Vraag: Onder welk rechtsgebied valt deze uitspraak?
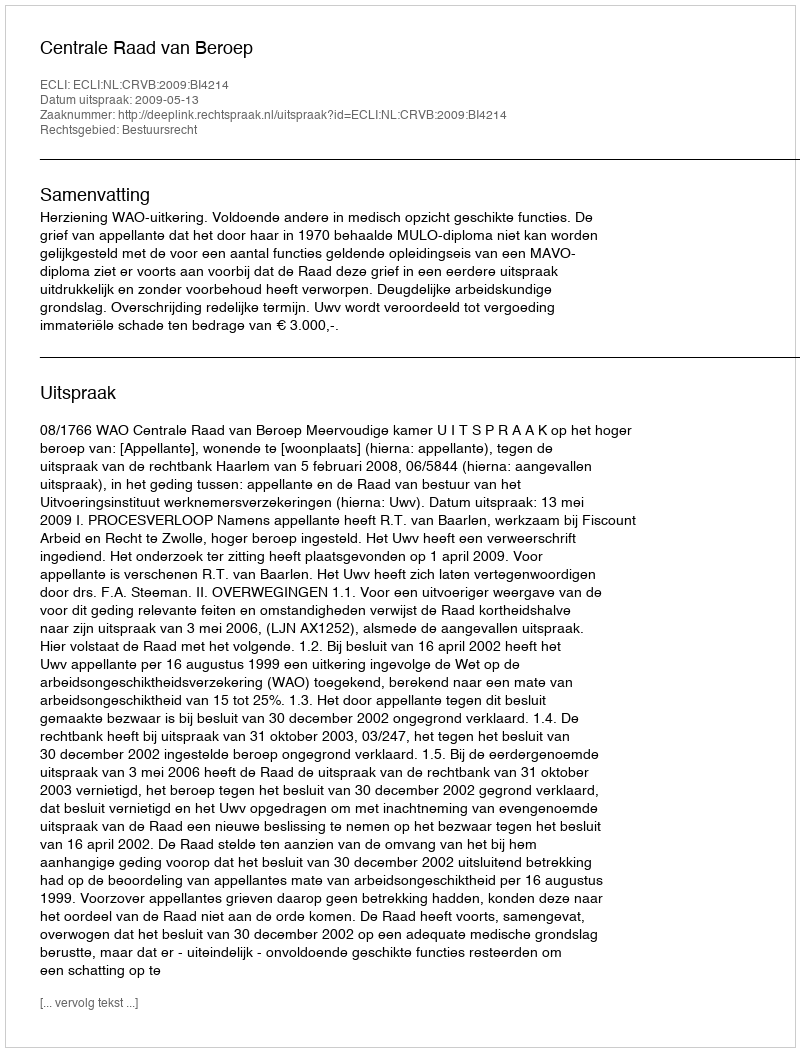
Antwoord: Bestuursrecht